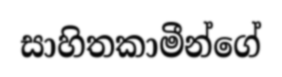
සාහිතකාමීන්ගේ